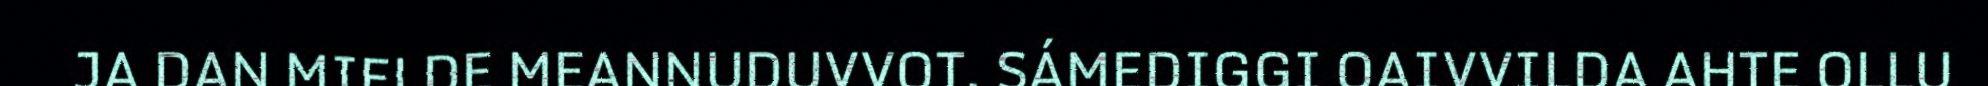
JA DAN MIELDE MEANNUDUVVOT. SÁMEDIGGI OAIVVILDA AHTE OLLU